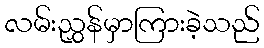
လမ်းညွှန်မှာကြားခဲ့သည်